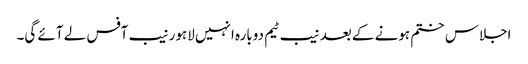
اجلاس ختم ہونے کے بعد نیب ٹیم دوبارہ انہیں لاہور نیب آفس لے آئے گی۔